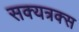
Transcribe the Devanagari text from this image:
सक्यत्रक्स